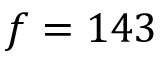
f = 1 4 3